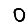
Digit: 0